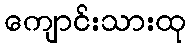
ကျောင်းသားထု